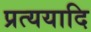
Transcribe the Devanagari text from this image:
प्रत्ययादि